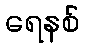
ရေနစ်